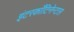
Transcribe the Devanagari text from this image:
इंटरकाँटिनेन्टल